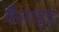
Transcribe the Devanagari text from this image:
वैसाइड